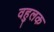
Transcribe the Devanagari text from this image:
वहुलक